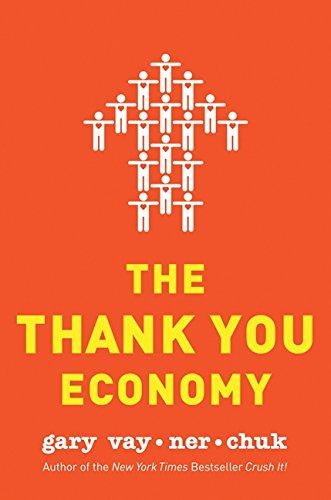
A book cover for The Thank You Economy; Gary Vaynerchuk; Business & Money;